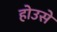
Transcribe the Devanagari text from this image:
होउसे